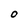
Character: O